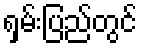
ရှမ်းပြည်တွင်